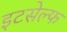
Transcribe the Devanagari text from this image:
इटसेल्फ